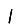
Digit: 1